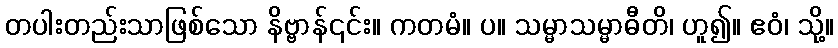
တပါးတည်းသာဖြစ်သော နိဗ္ဗာန်၎င်း။ ကတမံ။ ပ။ သမ္မာသမ္မာဓီတိ၊ ဟူ၍။ ဧဝံ၊ သို့။